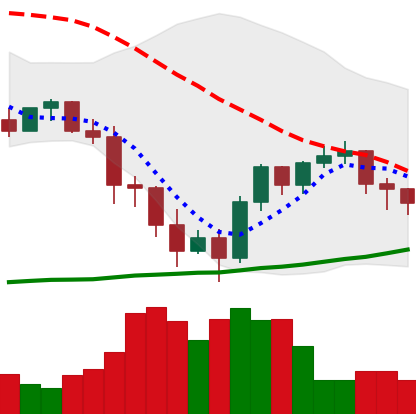
Ticker: BNB-USD
Chart end date: 2022-01-19
Forward return: -19.76%
Label: down_7plus